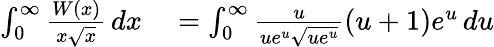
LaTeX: \begin{array}{rlrl}{\int_{0}^{\infty}{\frac{W(x)}{x{\sqrt{x}}}}\, dx}&{{}=\int_{0}^{\infty}{\frac{u}{ue^{u}{\sqrt{ue^{u}}}}}(u+1)e^{u}\, du}\end{array}